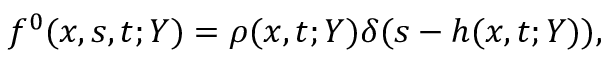
f ^ { 0 } ( x , s , t ; Y ) = \rho ( x , t ; Y ) \delta ( s - h ( x , t ; Y ) ) ,